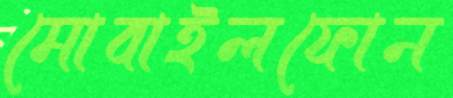
মোবাইলফোন